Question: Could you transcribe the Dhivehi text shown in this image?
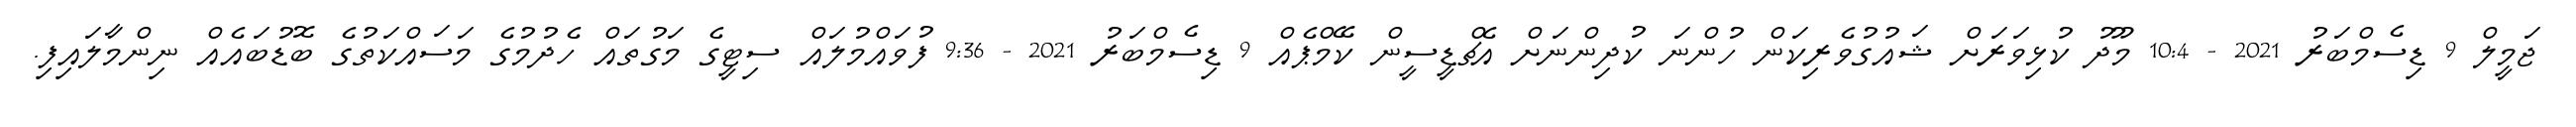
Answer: ޖަމީލް 9 ޑިސެމްބަރު 2021 - 10:4 މޫދު ކުޅިވަރަށް ޝައުގުވެރިކަން ހުންނަ ކުދިންނަށް އެޗްޑީސީން ކޭމްޕެއް 9 ޑިސެމްބަރު 2021 - 9:36 ފުވައްމުލައް ސިޓީގެ މަގުތައް ހެދުމުގެ މަސައްކަތުގެ ބޮޑުބައެއް ނިންމާލައިފި.